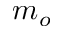
m _ { o }